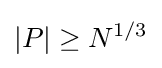
|P|\geq N^{1/3}